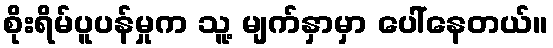
စိုးရိမ်ပူပန်မှုက သူ့ မျက်နှာမှာ ပေါ်နေတယ်။